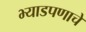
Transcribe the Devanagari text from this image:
भ्याडपणाचे